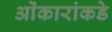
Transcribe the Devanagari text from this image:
ओंकारांकडे